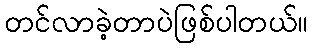
တင်လာခဲ့တာပဲဖြစ်ပါတယ်။